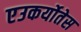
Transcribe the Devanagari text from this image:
एउकर्योतेस